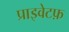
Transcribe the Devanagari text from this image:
प्राइवेटफ़